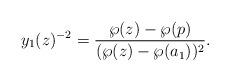
LaTeX: \begin{align*}y_{1}(z)^{-2}=\frac{\wp(z)-\wp(p)}{(\wp(z)-\wp(a_{1}))^{2}}. \end{align*}